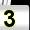
Digit: 3